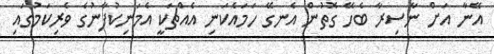
އޭނާ އަށް ނާސިރާ ބެހޭ ގޮތުން އެނގޭ ހަމައެކަނި އެއްޗަކީ އެމަނިކުފާނުގެ ވެރިކަމުގައި